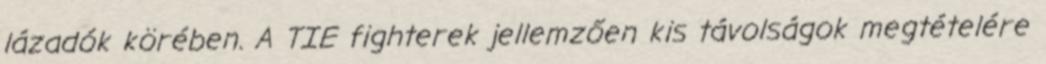
lázadók körében. A TIE fighterek jellemzően kis távolságok megtételére